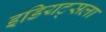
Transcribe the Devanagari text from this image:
इडियट्सला